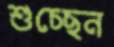
শুচ্ছেন